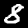
Digit: 8